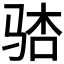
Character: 𫘢